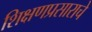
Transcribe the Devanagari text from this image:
शिक्षणप्रसाराचे